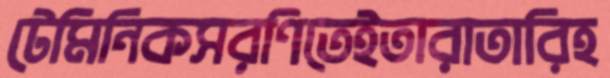
টেমিনিকসরণিতেইতারাতারিহ